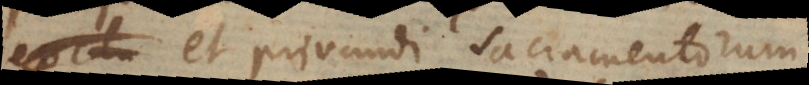
et privandi Sacramentorum